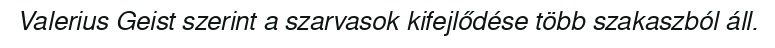
Valerius Geist szerint a szarvasok kifejlődése több szakaszból áll.